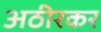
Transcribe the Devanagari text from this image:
अठीरकर